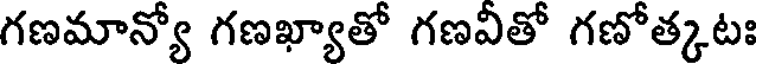
గణమాన్యో గణఖ్యాతో గణవీతో గణోత్కటః